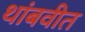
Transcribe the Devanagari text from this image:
थांबवीत